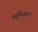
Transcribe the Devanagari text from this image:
बहुविज्ञानी